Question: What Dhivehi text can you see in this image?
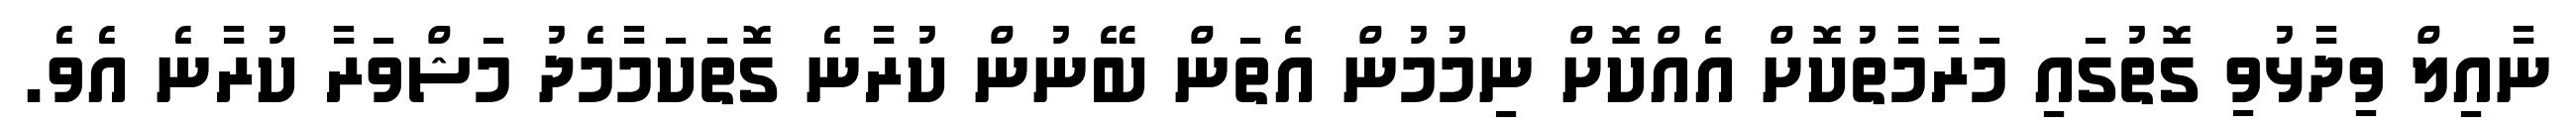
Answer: ނާއިލް ވިދާޅުވި ގޮތުގައި މަރާމާތުކޮށް އެއްކޮށް ނިމުމުން އެތަން ބޭނުން ކުރާނެ ގޮތަކަމާމެދު މަޝްވަރާ ކުރާނެ އެވެ.